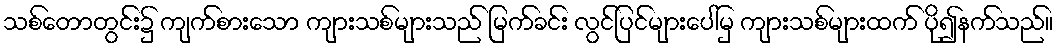
သစ်တောတွင်း၌ ကျက်စားသော ကျားသစ်များသည် မြက်ခင်း လွင်ပြင်များပေါ်မှ ကျားသစ်များထက် ပို၍နက်သည်။